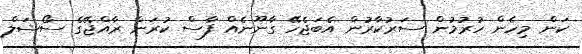
ކަން މިހެން ހުރުމުން ސަރުކާރުން އެބަޖެހޭ ގާނޫނެއް ފާސް ކުރަން ރާއްޖޭގެ ސޯޝަލް